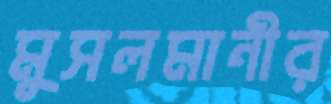
মুসলমানীর